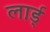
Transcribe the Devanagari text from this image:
लार्ड्‌